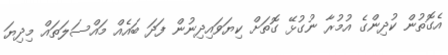
އެގޮތުން ކުދިންގެ އުމުރާ ނުގުޅޭ ގޮތަށް ކިޔަވައިދިނުން ފަދަ ބައެއް މައްސަލަތައް މިދިޔަ